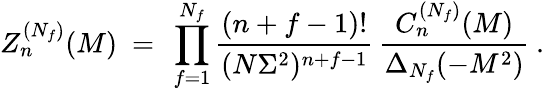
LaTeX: Z_{n}^{(N_{f})}(M)\ =\ \prod_{f=1}^{N_{f}}\frac{(n+f-1)!}{(N\Sigma^{2})^{n+f-1}}\, \frac{C_{n}^{(N_{f})}(M)}{\Delta_{N_{f}}(-M^{2})}\: .